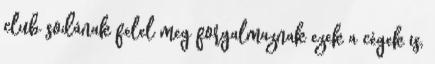
club sodának felel meg forgalmaznak ezek a cégek is,